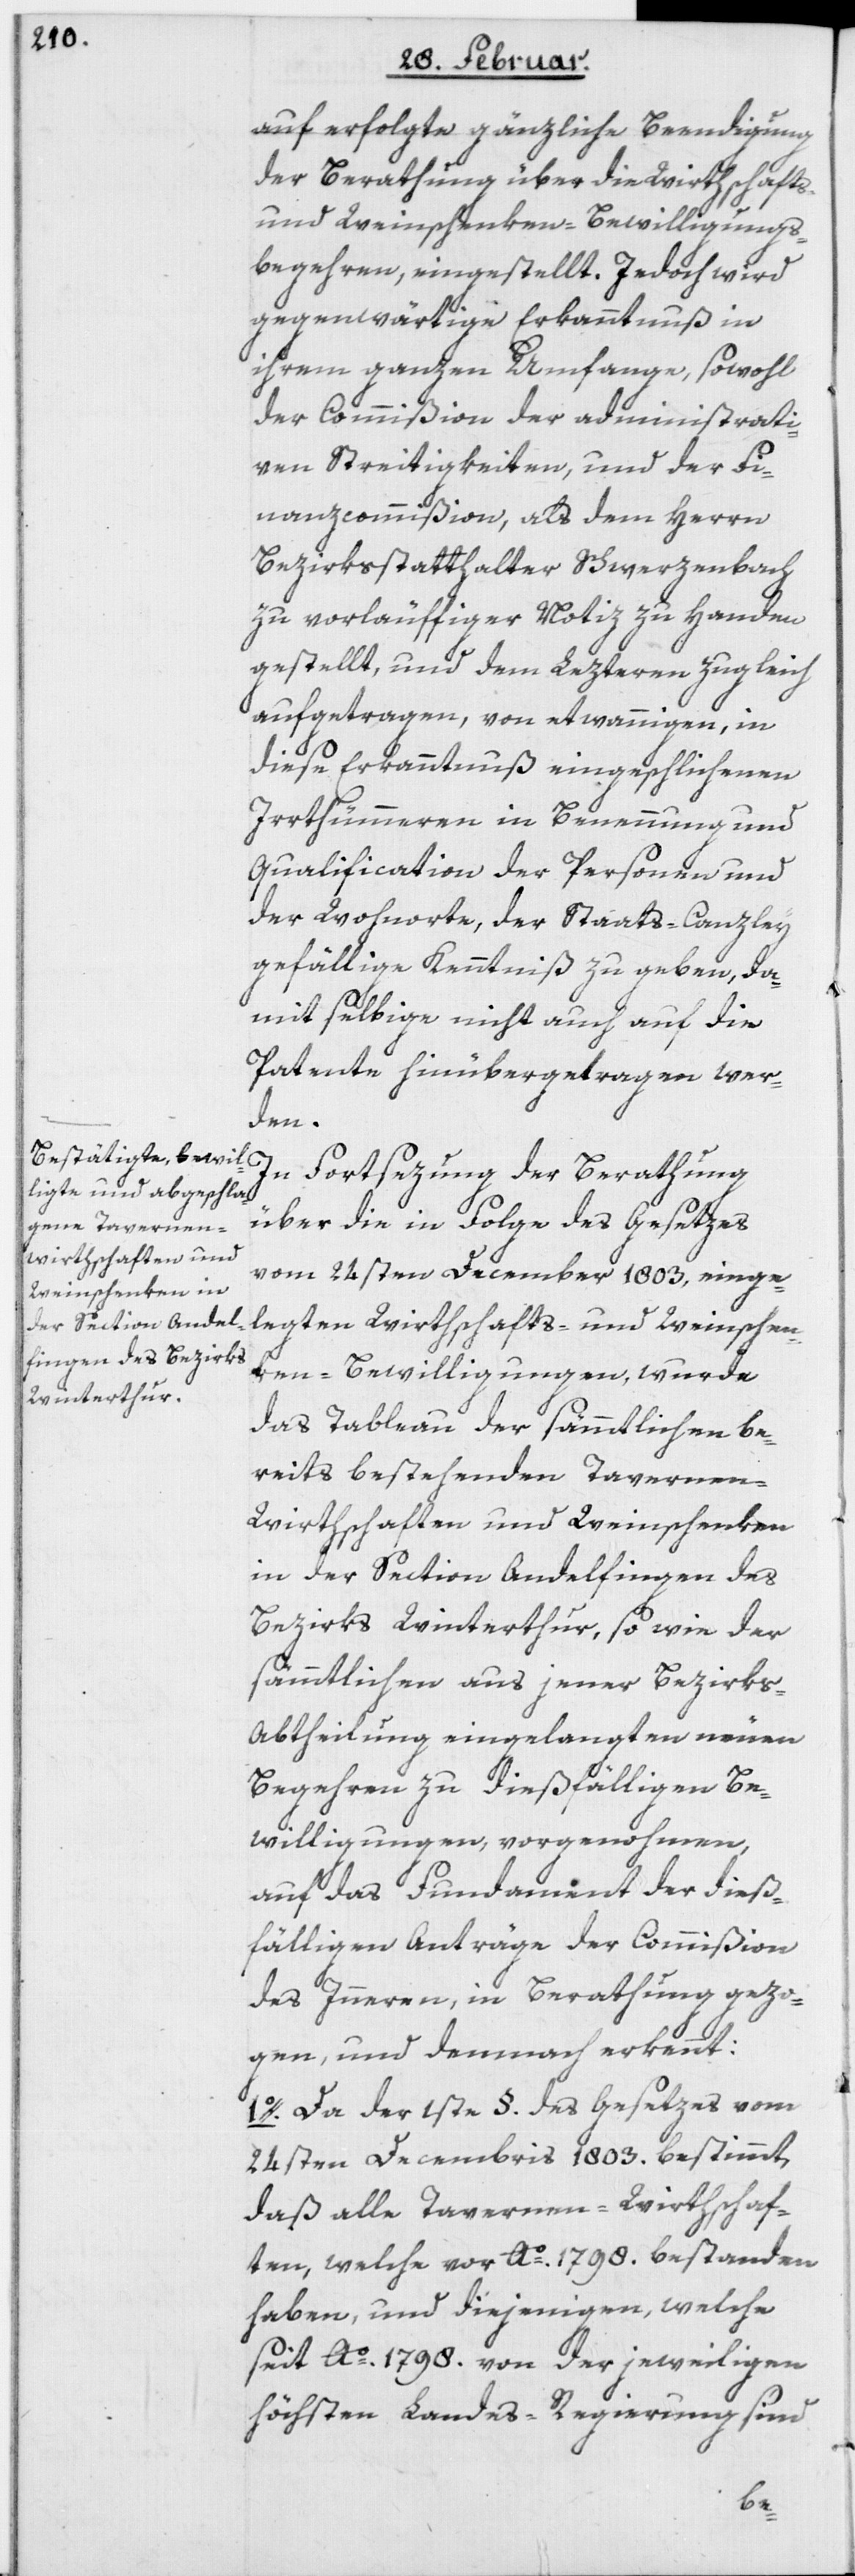
auf erfolgte gänzliche Beendigung
der Berathung über die Wirthschafts-
und Weinschenken-Bewilligungs¬
begehren, eingestellt. Jedoch wird
gegenwärtige Erkanntnuß in
ihrem ganzen Umfange, sowohl
der Commißion der administrati¬
ven Streitigkeiten, und der Fi¬
nanzcommißion, als dem Herrn
Bezirksstatthalter Schwerzenbach
zu vorläuffiger Notiz zu Handen
gestellt, und dem Lezteren zugleich
aufgetragen, von etwannigen, in
diese Erkanntnuß eingeschlichenen
Irrthümmeren in Benennung und
Qualification der Personen und
der Wohnorte, der Staats-Canzley
gefällige Kenntniß zu geben, da¬
mit selbige nicht auch die
Patente hinübertragen wer¬
den.
In Fortsezung der Berathung
über die in Folge des Gesetzes
vom 24sten December 1803, einge¬
legten Wirthschafts- und Weinschen¬
ken-Bewilligungen, wurde
das Tableau der sämmtlichen be¬
reits bestehenden Tavernen-W¬
irthschaften und Weinschenken
in der Section Andelfingen des
Bezirks Winterthur, so wie der
sämmtlichen aus jener Bezirks-A¬
btheilung eingelangten neuen
Begehren zu dießfälligen Be¬
willigungen, vorgenohmen,
auf das Fundament der dieß¬
fälligen Anträge der Commißion
des Inneren, in Berathung gezo¬
gen, und demnach erkennt:
1o. Da der 1ste §. des Gesetzes vom
24sten Decembris 1803. bestimmt,
daß alle Tavernen-Wirthschaf¬
ten, welche vor Ao. 1798. bestanden
haben, und diejenigen, welche
seit Ao. 1798. von der jeweiligen
höchsten Landes-Regierung sind